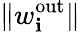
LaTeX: \| w_{\mathbf{i}}^{\mathrm{{out}}}\|